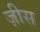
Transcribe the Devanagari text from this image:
ज़ीस